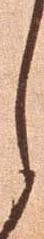
し